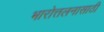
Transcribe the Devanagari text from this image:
भारोत्तलनासाठी